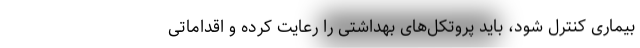
بیماری کنترل شود، باید پروتکل‌های بهداشتی را رعایت کرده و اقداماتی